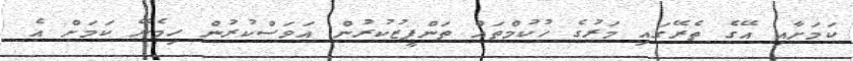
ކަމަށާއި އޭގެ ތެރޭގައި މަރުގެ ހުކުމްތައް ތަންފީޒުކުރުން އަވަސްކުރުން ހިމެނޭ ކަމަށް އެ